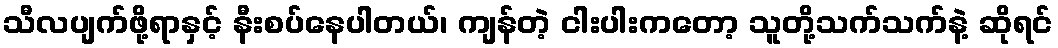
သီလပျက်ဖို့ရာနှင့် နီးစပ်နေပါတယ်၊ ကျန်တဲ့ ငါးပါးကတော့ သူတို့သက်သက်နဲ့ ဆိုရင်